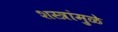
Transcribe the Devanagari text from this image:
शस्त्रांमु़ळे